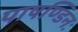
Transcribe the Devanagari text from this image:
पाषण्डिनः